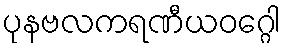
ပုနဗလကရဏီယဝဂ္ဂေါ